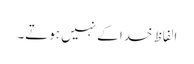
الفاظ خدا کے نہیں ہوتے۔